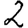
Digit: 2